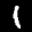
Label: 1